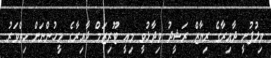
ވިލުފުށީ ދާއިރާގެ ރިޔާޒް ރަޝީދު ވިދާޅުވީ މިއީ ޓޫރިޒަމް ދާއިރާގެ މީހުންނަށް ހިތްވަރު